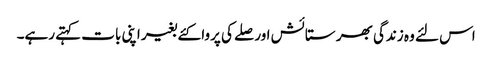
اس لئے وہ زندگی بھر ستائش اور صلے کی پروا کئے بغیر اپنی بات کہتے رہے۔